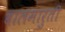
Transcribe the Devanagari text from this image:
बालमारुती